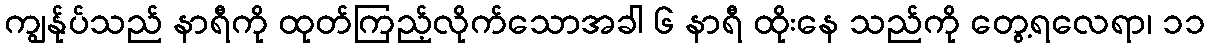
ကျွန်ုပ်သည် နာရီကို ထုတ်ကြည့်လိုက်သောအခါ ၆ နာရီ ထိုးနေ သည်ကို တွေ့ရလေရာ၊ ၁၁